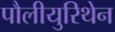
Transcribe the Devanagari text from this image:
पौलीयुरिथेन